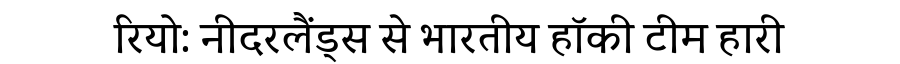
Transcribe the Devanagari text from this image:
रियो: नीदरलैंड्स से भारतीय हॉकी टीम हारी